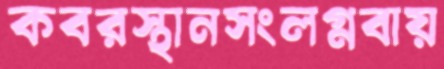
কবরস্থানসংলগ্নবায়